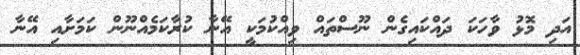
އަދި މޮޅު ވާހަކަ ދައްކައިގެން ނޫސްތައް ވިއްކުމަކީ އޭނާ ކުރާކަމެއްނޫން ކަމަށާއި އޭނާ